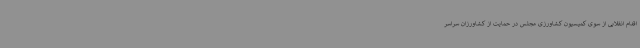
اقدام انقلابی از سوی کمیسیون کشاورزی مجلس در حمایت از کشاورزان سراسر